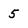
Character: 5